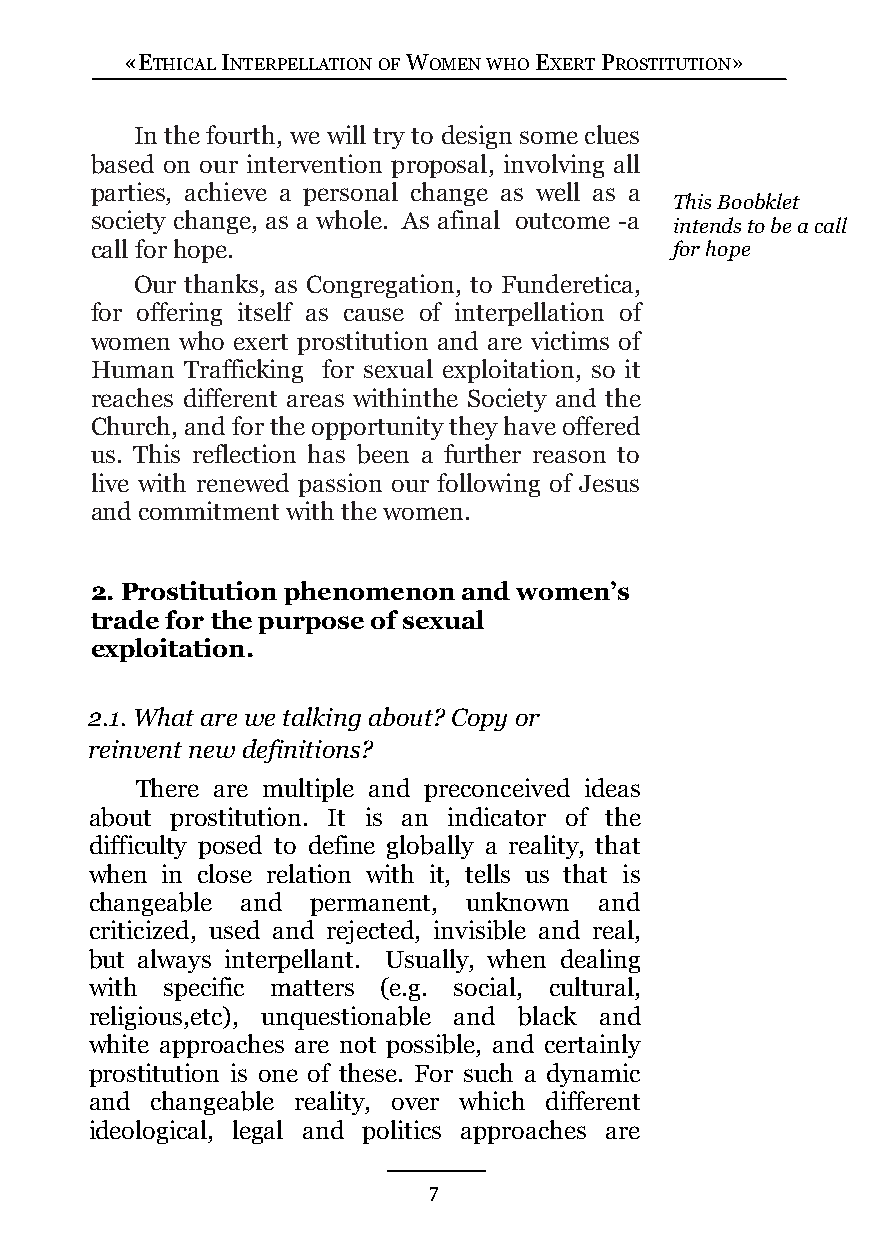
«ETHICAL INTERPELLATION OF WOMEN WHO EXERT PROSTITUTION»
 In the fourth, we will try to design some clues
 based on our intervention proposal, involving all
 parties, achieve a personal change as well as a
 This Boobklet
 society change, as a whole. As afinal outcome -a
 intends to be a call
 call for hope.                         for hope
 Our thanks, as Congregation, to Funderetica,
 for offering itself as cause of interpellation of
 women who exert prostitution and are victims of
 Human Trafficking for sexual exploitation, so it
 reaches different areas withinthe Society and the
 Church, and for the opportunity they have offered
 us. This reflection has been a further reason to
 live with renewed passion our following of Jesus
 and commitment with the women.
 2. Prostitution phenomenon and women’s
 trade for the purpose of sexual
 exploitation.
 2.1. What are we talking about? Copy or
 reinvent new definitions?
 There are multiple and preconceived ideas
 about prostitution. It is an indicator of the
 difficulty posed to define globally a reality, that
 when in close relation with it, tells us that is
 changeable and permanent, unknown and
 criticized, used and rejected, invisible and real,
 but always interpellant. Usually, when dealing
 with specific matters (e.g. social, cultural,
 religious,etc), unquestionable and black and
 white approaches are not possible, and certainly
 prostitution is one of these. For such a dynamic
 and changeable reality, over which different
 ideological, legal and politics approaches are
 7